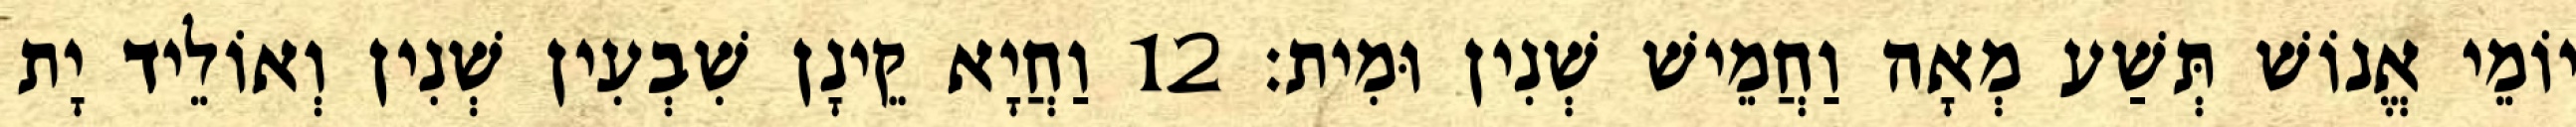
יוֹמֵי אֱנוֹשׁ תְּשַׁע מְאָה וַחֲמֵישׁ שְׁנִין וּמִית׃ 12 וַחֲיָא קֵינָן שִׁבְעִין שְׁנִין וְאוֹלֵיד יָת